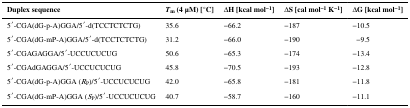
| Duplex sequence | Tm (4 μM) [°C] | ΔH [kcal mol−1] | ΔS [cal mol−1 K−1] | ΔG [kcal mol−1] |
 | --- | --- | --- | --- | --- |
 | 5′-CGA(dG-p-A)GGA/5′-d(TCCTCTCTG) | 35.6 | −66.2 | −187 | −10.5 |
 | 5′-CGA(dG-mP-A)GGA/5′-d(TCCTCTCTG) | 31.2 | −66.0 | −190 | −9.5 |
 | 5′-CGAGAGGA/5′-UCCUCUCUG | 50.6 | −65.3 | −174 | −13.4 |
 | 5′-CGAdGAGGA/5′-UCCUCUCUG | 45.8 | −70.5 | −193 | −12.8 |
 | 5′-CGA(dG-p-A)GGA (RP)/5′-UCCUCUCUG | 42.0 | −65.8 | −181 | −11.8 |
 | 5′-CGA(dG-mP-A)GGA (SP)/5′-UCCUCUCUG | 40.7 | −58.7 | −160 | −11.1 |